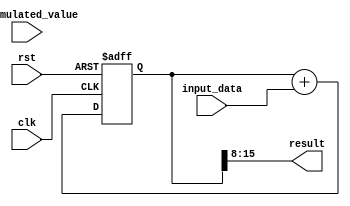
module fixed_point_accumulator (
    input wire clk,
    input wire rst,
    input wire [7:0] input_data,
    input wire [7:0] accumulated_value,
    output wire [7:0] result
);

reg [15:0] accumulator_value_reg;

always @(posedge clk or posedge rst) begin
    if (rst) begin
        accumulator_value_reg <= 16'd0;
    end else begin
        accumulator_value_reg <= accumulator_value_reg + {8'b0, input_data};
    end
end

assign result = accumulator_value_reg[15:8];

endmodule